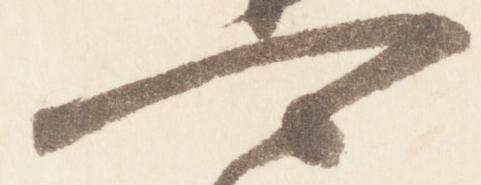
可